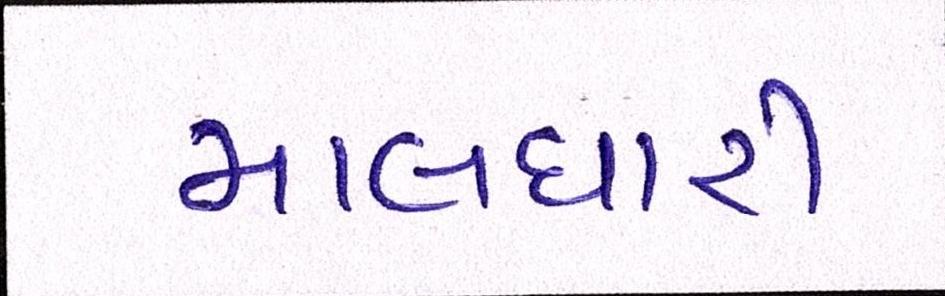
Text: માલધારી